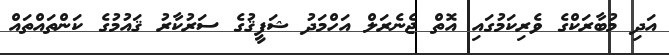
އަދި މުބާރަކްގެ ވެރިކަމުގައި އޮތް ޖެނެރަލް އަހްމަދު ޝަފީޤުގެ ސަރުކާރު ޤައުމުގެ ކަންތައްތައް